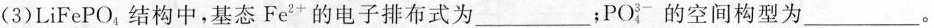
(3)LiFePO_{4}结构中，基态Fe^{2+}的电子排布式为___；PO_{4}^{3-}的空间构型为___。